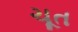
ચૂત